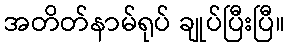
အတိတ်နာမ်ရုပ် ချုပ်ပြီးပြီ။